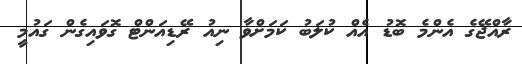
ރާއްޖޭގެ އެންމެ ބޮޑު އެއް ކުލަބު ކަމަށްވާ ނިއު ރޭޑިއަންޓް ގޮވައިގެން ގައުމީ